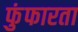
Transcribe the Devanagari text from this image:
फुंफारता